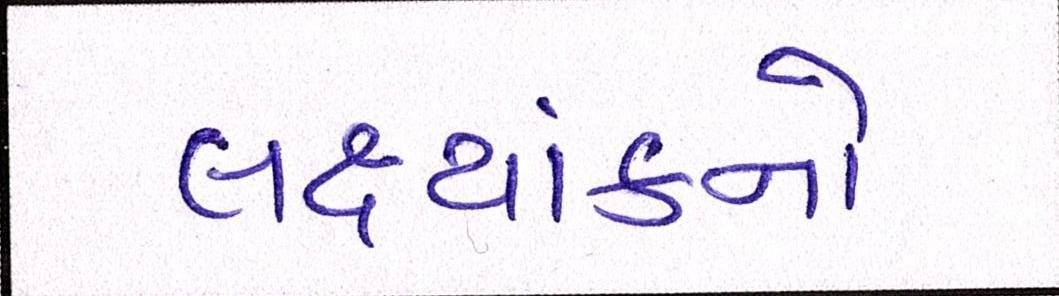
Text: લક્ષ્યાંકનો